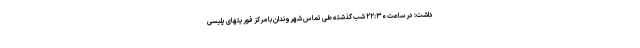
داشت: در ساعت ۲۲:۳۰ شب گذشته طی تماس شهروندان با مرکز فوریتهای پلیسی